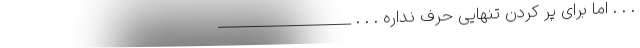
. . . اما برای پر کردن تنهایی حرف نداره . . . ___________________